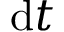
\mathrm { d } t